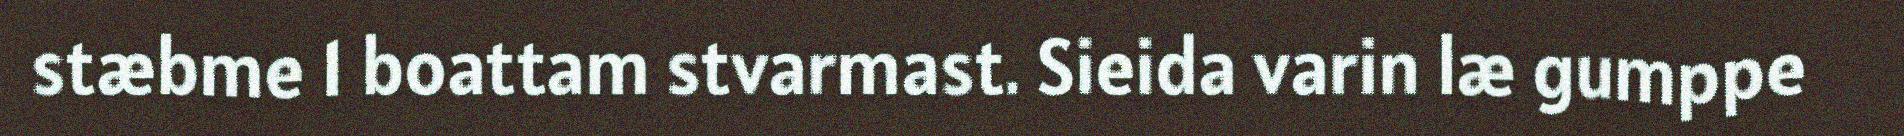
stæbme 1 boattam stvarmast. Sieida varin læ gumppe